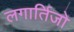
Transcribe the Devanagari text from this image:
लगार्तिजो